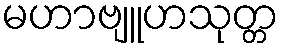
မဟာဗျူဟသုတ္တ